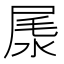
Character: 㞙